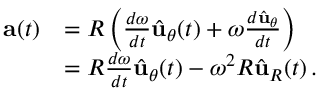
{ \begin{array} { r l } { \mathbf { a } ( t ) } & { = R \left( { \frac { d \omega } { d t } } { \hat { \mathbf { u } } } _ { \theta } ( t ) + \omega { \frac { d { \hat { \mathbf { u } } } _ { \theta } } { d t } } \right) } \\ & { = R { \frac { d \omega } { d t } } { \hat { \mathbf { u } } } _ { \theta } ( t ) - \omega ^ { 2 } R { \hat { \mathbf { u } } } _ { R } ( t ) \, . } \end{array} }